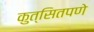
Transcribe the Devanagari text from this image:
कुत्सितपणे